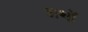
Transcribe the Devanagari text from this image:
अथों